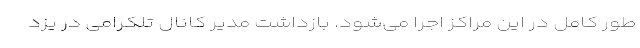
طور کامل در این مراکز اجرا می‌شود. بازداشت مدیر کانال تلکرامی در یزد